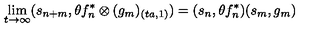
\lim _ { t \rightarrow \infty } ( s _ { n + m } , \theta f _ { n } ^ { \ast } \otimes ( g _ { m } ) _ { ( t a , 1 ) } ) = ( s _ { n } , \theta f _ { n } ^ { \ast } ) ( s _ { m } , g _ { m } )